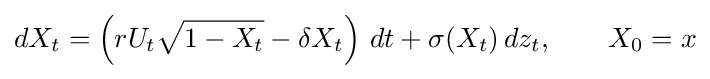
dX_{t}=\left(rU_{t}{\sqrt {1-X_{t}}}-\delta X_{t}\right)\,dt+\sigma (X_{t})\,dz_{t},\qquad X_{0}=x